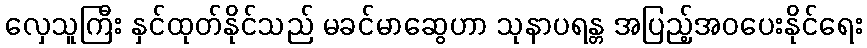
လှေသူကြီး နှင်ထုတ်နိုင်သည် မခင်မာဆွေဟာ သုနာပရန္တ အပြည့်အဝပေးနိုင်ရေး